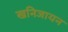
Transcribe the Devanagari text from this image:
खनिजायन